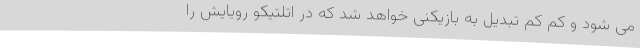
می شود و کم کم تبدیل به بازیکنی خواهد شد که در اتلتیکو رویایش را